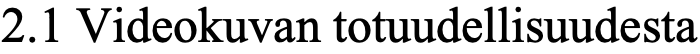
2.1 Videokuvan totuudellisuudesta